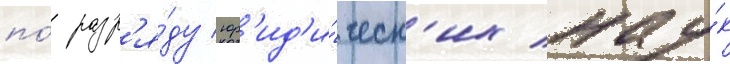
по́ разр'я́ду юр'ид'и́ческ'их нау́к